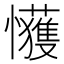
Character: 𫻞